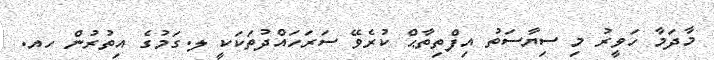
މާދަމާ ހަވީރު މި ސިޔާސަތު އިފްތިތާޙް ކުރެވޭ ސަރަހައްދުތަކަކީ ލ.ގަމުގެ އިތުރުން ހއ.